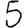
Digit: 5